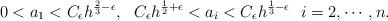
LaTeX: \begin{align*}0<a_1<C_\epsilon h^{\frac{2}{3}-\epsilon},\ \ C_\epsilon h^{\frac{1}{2}+\epsilon}<a_i< C_\epsilon h^{\frac{1}{3}-\epsilon}\ \ i=2, \cdots, n.\end{align*}